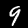
Digit: 9